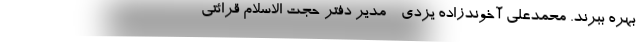
بهره ببرند. محمدعلی آخوندزاده یزدی - مدیر دفتر حجت الاسلام قرائتی